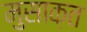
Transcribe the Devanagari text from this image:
मुसाक़त